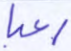
رعبا